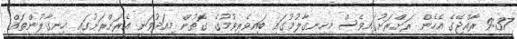
9:37 ރާއްޖޭގެ އެހެން ރަށްރަށުގައިވެސް މިހިނގާލުމުގައި ބައިވެރިވުމުގެ ގޮތުން މިއަދުވަނީ އެރަށްރަށުގައި ހިނގާލުންތައް